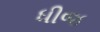
ધીજ